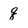
Character: q